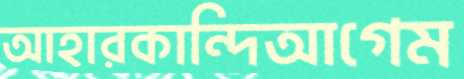
আহারকান্দিআগেম